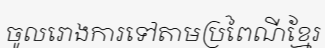
ចូលរោងការទៅតាមប្រពៃណីខ្មែរ